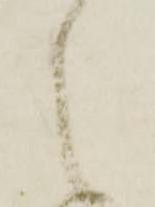
之